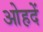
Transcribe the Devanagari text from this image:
ओहदें